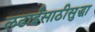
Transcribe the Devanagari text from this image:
लढाईसाठीसुद्धा